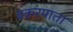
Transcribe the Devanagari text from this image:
बंकरमाता